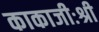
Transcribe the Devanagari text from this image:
काकाजीःश्री